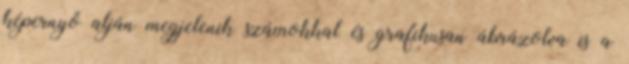
képernyő alján megjelenik számokkal és grafikusan ábrázolva is a